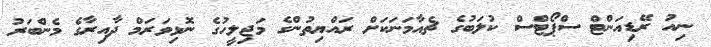
ނިއު ރޭޑިއަންޓް ސްޕޯޓްސް ކުލަބުގެ ޗެއާމަނަކަށް ރައްޔިތުންގެ މަޖިލީހުގެ ނޮޅިވަރަމް ދާއިރާގެ މެންބަރު